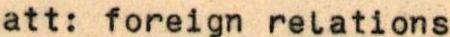
att: foreignrelations